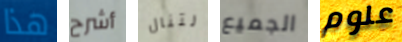
هذا أشرح لتنال الجميع علوم